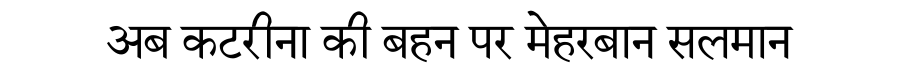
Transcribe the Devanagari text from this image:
अब कटरीना की बहन पर मेहरबान सलमान